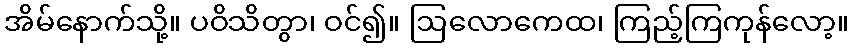
အိမ်နောက်သို့။ ပဝိသိတွာ၊ ဝင်၍။ ဩလောကေထ၊ ကြည့်ကြကုန်လော့။